Riigikantselei, lk 33
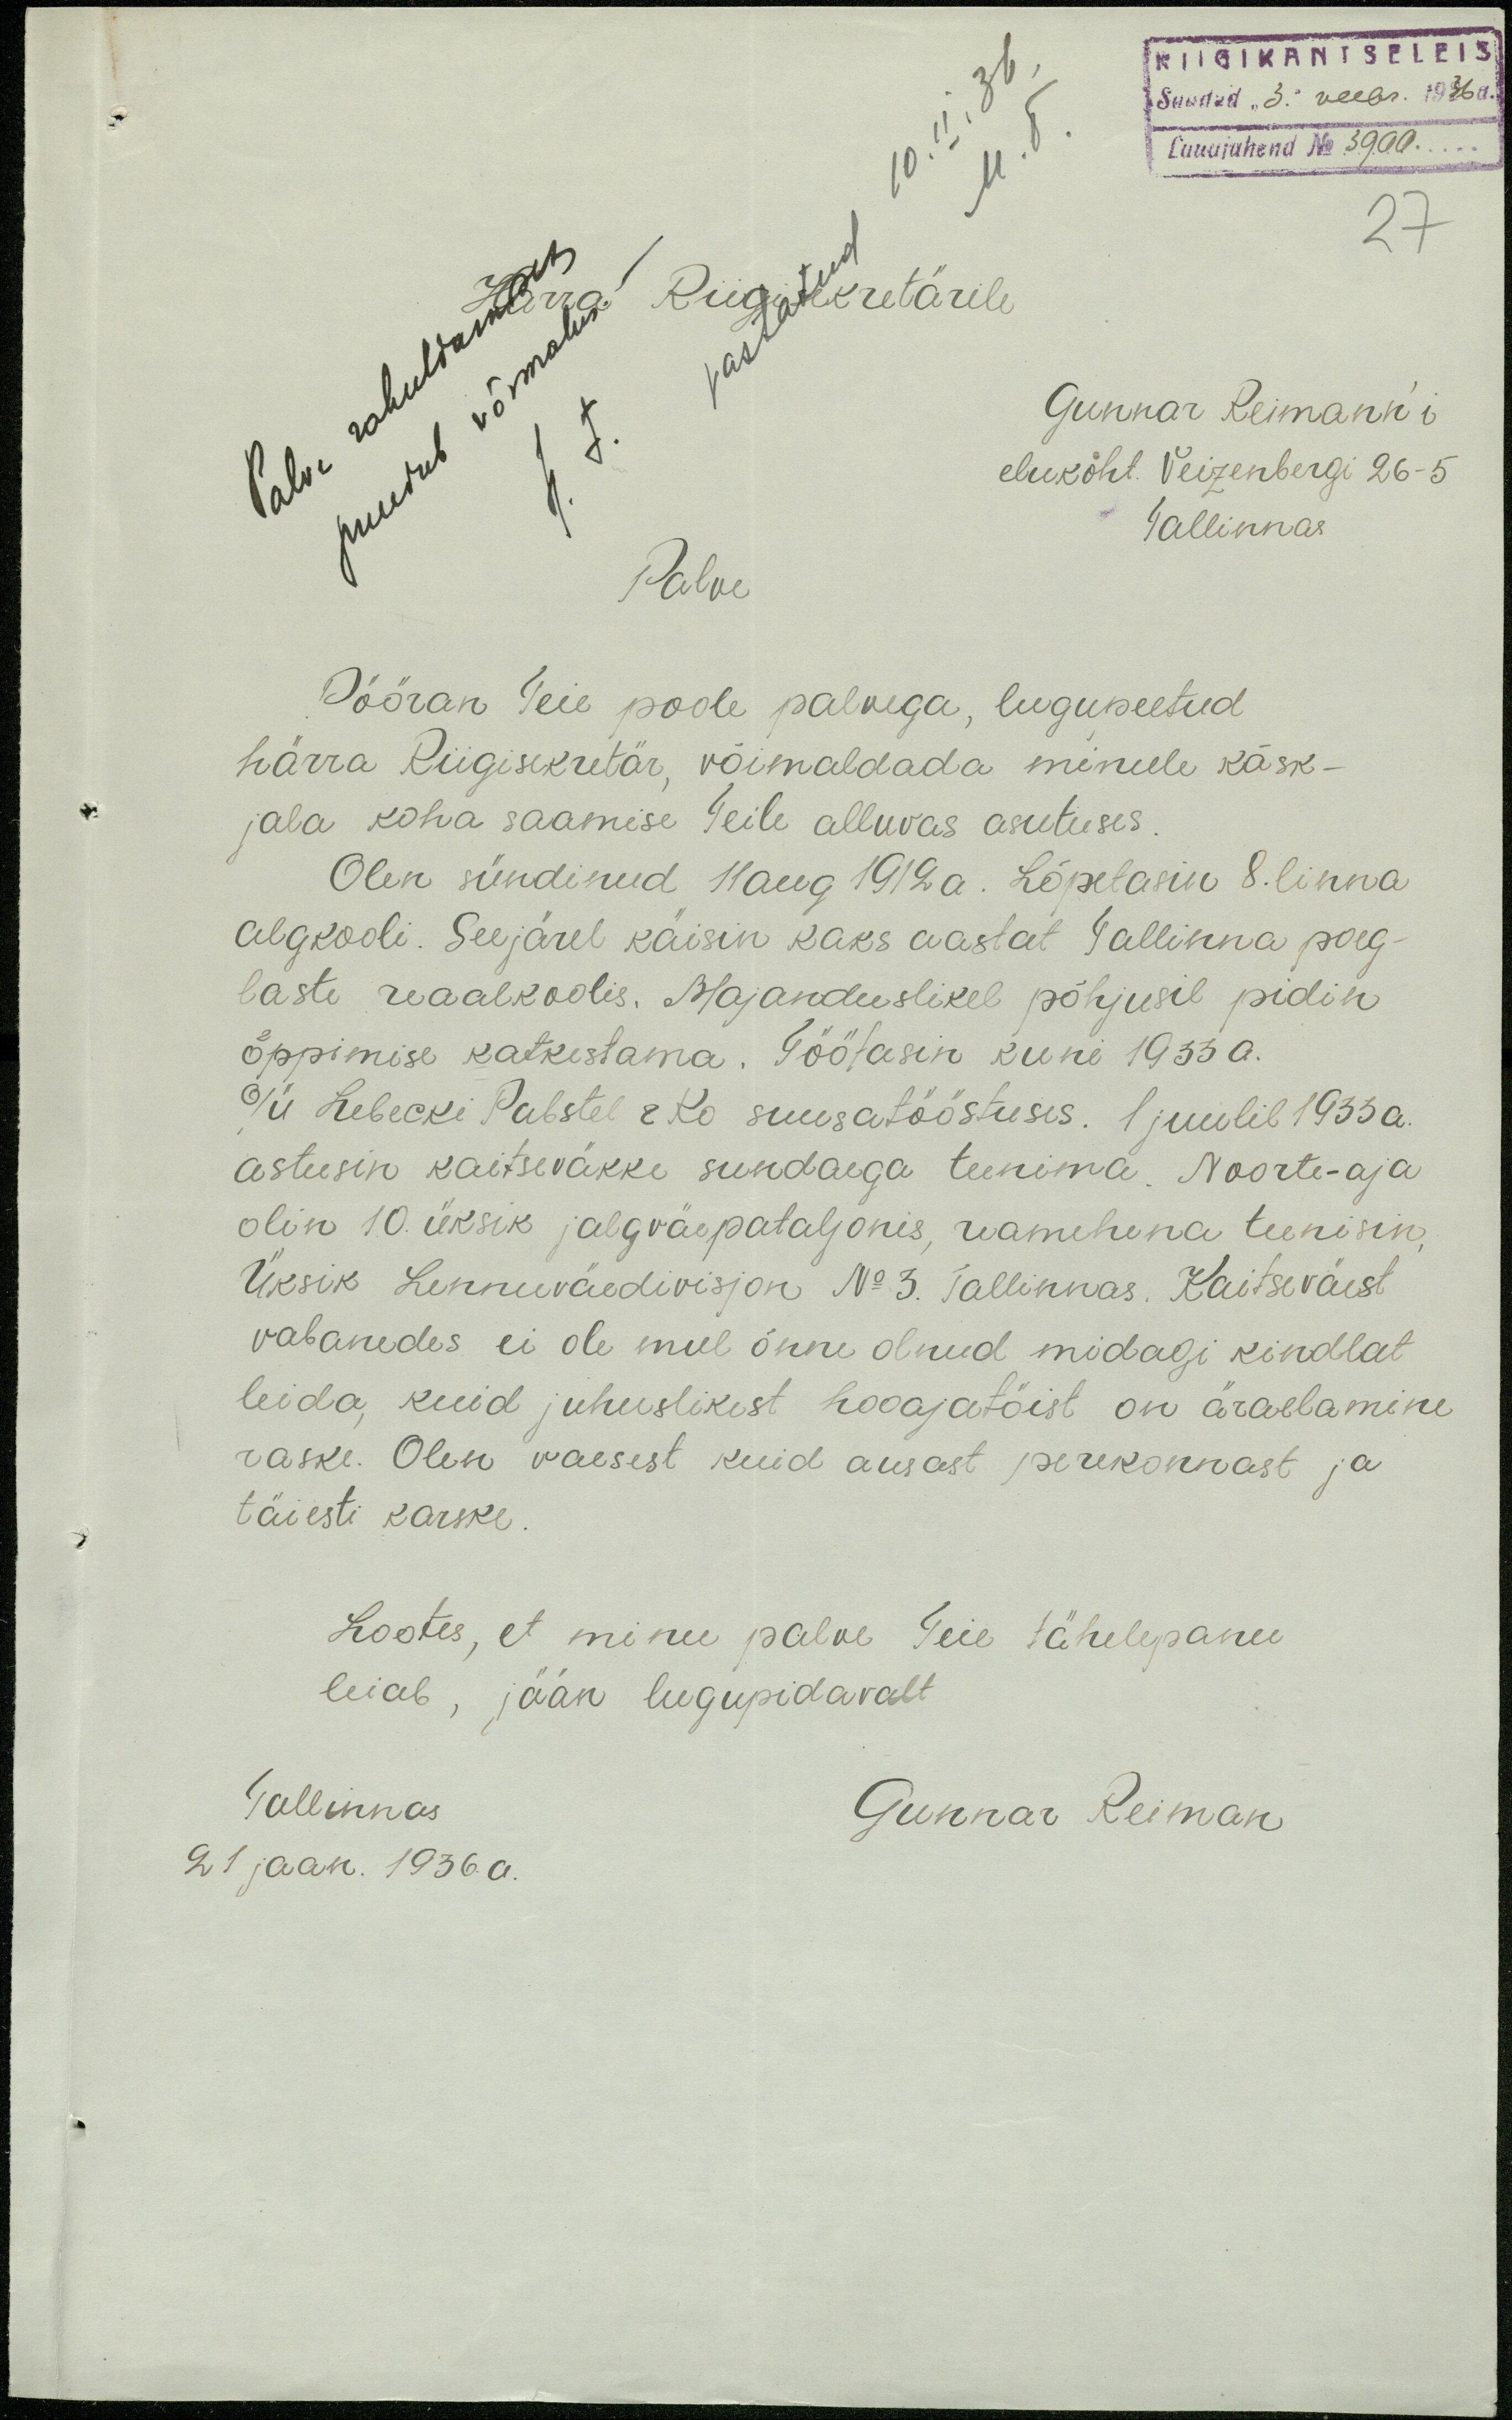
RIIGIKANTSELEIS
Saadud "3." veebr. 1936 a.
Lauajuhend N 3900.
27
Palve rahuldamiseks
puudub võimalus.
H. T.
Riigisekretärile
10. II. 36
M. T.
Gunnar Reimann'i
elukoht. Veizenbergi 26 - 5
Tallinnas
Palve
Pööran Teie poole palvega, lugupeetud
härra Riigisekretär, võimaldada minule käsk-
jala koha saamise Teile alluvas asutuses
Olen sündinud 11 aug 1912 a. Lõpetasin 8. linna
algkooli. Seejärel käisin kaks aastat Tallinna poeg
laste reaalkoolis. Majanduslikel põhjusil pidin
õppimise katkestama. Töötasin kuni 1933 a.
O/Ü Lebecki Pabstel & Ko suusatööstuses. 1 juulil 1933 a.
astusin kaitseväkke sundaega teenima. Noorte-aja
olin 10 üksik jalgväepataljonis, reamehena teenisin,
Üksik Lennuväedivisjon No 3. Tallinnas. Kaitseväest
vabanedes ei ole mul õnne olnud midagi kindlat
leida, kuid juhuslikest hooajatöist on äraelamine
raske. Olen vaesest kuid ausast perekonnast ja
täiesti karske.
Lootes, et minu palve Teie tähelepanu
leiab, jään lugupidavalt
Gunnar Reiman
Tallinnas
21 jaan. 1936. a.